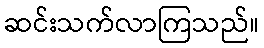
ဆင်းသက်လာကြသည်။